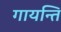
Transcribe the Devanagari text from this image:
गायन्ति